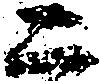
二